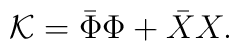
{\cal K}=\bar\Phi\Phi + \bar XX.